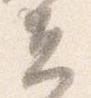
夫